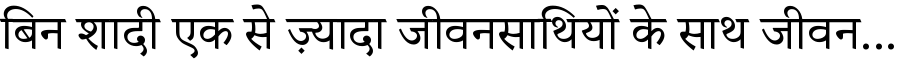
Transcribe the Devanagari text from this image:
बिन शादी एक से ज़्यादा जीवनसाथियों के साथ जीवन...